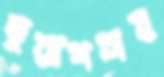
তুরাগসহ